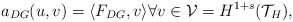
\begin{align*} a_{DG}(u,v) = \langle F_{DG},v \rangle \forall v \in \mathcal{V} = H^{1+s}(\mathcal{T}_{H}),\end{align*}